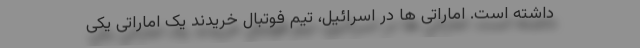
داشته است. اماراتی ها در اسرائیل، تیم فوتبال خریدند یک اماراتی یکی